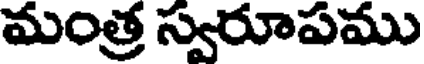
మంత్ర స్వరూపము